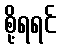
စို့ရရင်